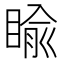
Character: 睮